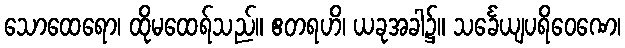
သောထေရော၊ ထိုမထေရ်သည်။ ဧတရဟိ၊ ယခုအခါ၌။ သင်္ခေယျပရိဝေဏေ၊